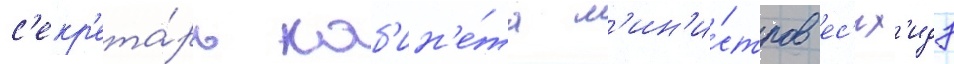
с'екр'ета́рь каб'ин'е́та м'ин'и́стров ес'их'идэ